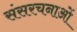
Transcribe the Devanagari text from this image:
संसरचनाओं